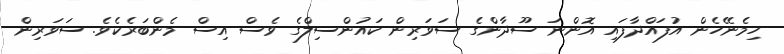
ހިމެނޭހެން އުފައްދާފައި އޮންނަ ސޫދާންގެ ސަވަރިން ކައުންސިލްގެ ވެސް އިސް މެންބަރެކެވެ. ސަވަރިން